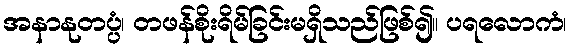
အနာနုတပ္ပံ၊ တဖန်စိုးရိမ်ခြင်းမရှိသည်ဖြစ်၍။ ပရလောကံ၊